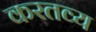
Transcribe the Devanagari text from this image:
करतव्य